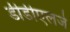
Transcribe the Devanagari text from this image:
डीडीएलजे